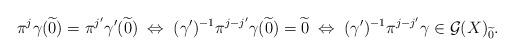
LaTeX: \begin{align*}\pi^j\gamma(\widetilde {0})= \pi^{j'}\gamma'(\widetilde {0})\;\Leftrightarrow\;(\gamma')^{-1}\pi^{j-j'}\gamma(\widetilde {0})= \widetilde {0}\;\Leftrightarrow\;(\gamma')^{-1}\pi^{j-j'}\gamma\in \mathcal{G}(X)_{\widetilde {0}}. \end{align*}